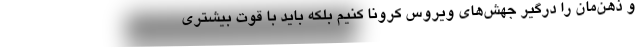
و ذهن‌‌مان را درگیر جهش‌‌های ویروس کرونا کنیم بلکه باید با قوت بیشتری